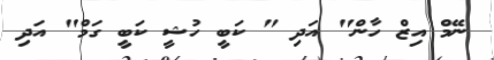
ނޭމް އިޒް ހާން" އަދި " ކަބީ ހުޝީ ކަބީ ގަމް" އަދި